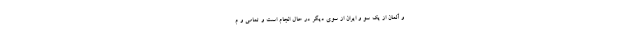
و آلمان از یک سو و ایران از سوی دیگر در حال انجام است و تمامی و م